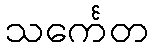
သင်္ကေတ